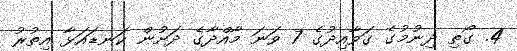
4. ގޯތި ދިނުމުގެ ގަވާއިދުގެ 7 ވަނަ މާއްދާގެ ދަށުން ކަނޑައަޅާ އިތުރު